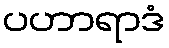
ပဟာရာဒံ